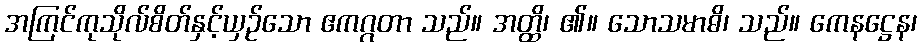
အကြင်ကုသိုလ်စိတ်နှင့်ယှဉ်သော ဧကဂ္ဂတာ သည်။ အတ္ထိ၊ ၏။ သောသမာဓိ၊ သည်။ ကေနဋ္ဌေန၊